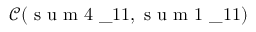
\mathcal { C } ( \mathrm { ~ s ~ u ~ m ~ 4 ~ } \_ { 1 1 } , \mathrm { ~ s ~ u ~ m ~ 1 ~ } \_ { 1 1 } )